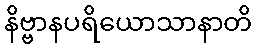
နိဗ္ဗာနပရိယောသာနာတိ